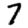
Digit: 7